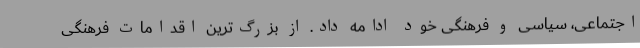
اجتماعی، سیاسی و فرهنگی خود ادامه داد. از بزرگ‌ترین اقدامات فرهنگی